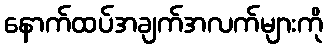
နောက်ထပ်အချက်အလက်များကို